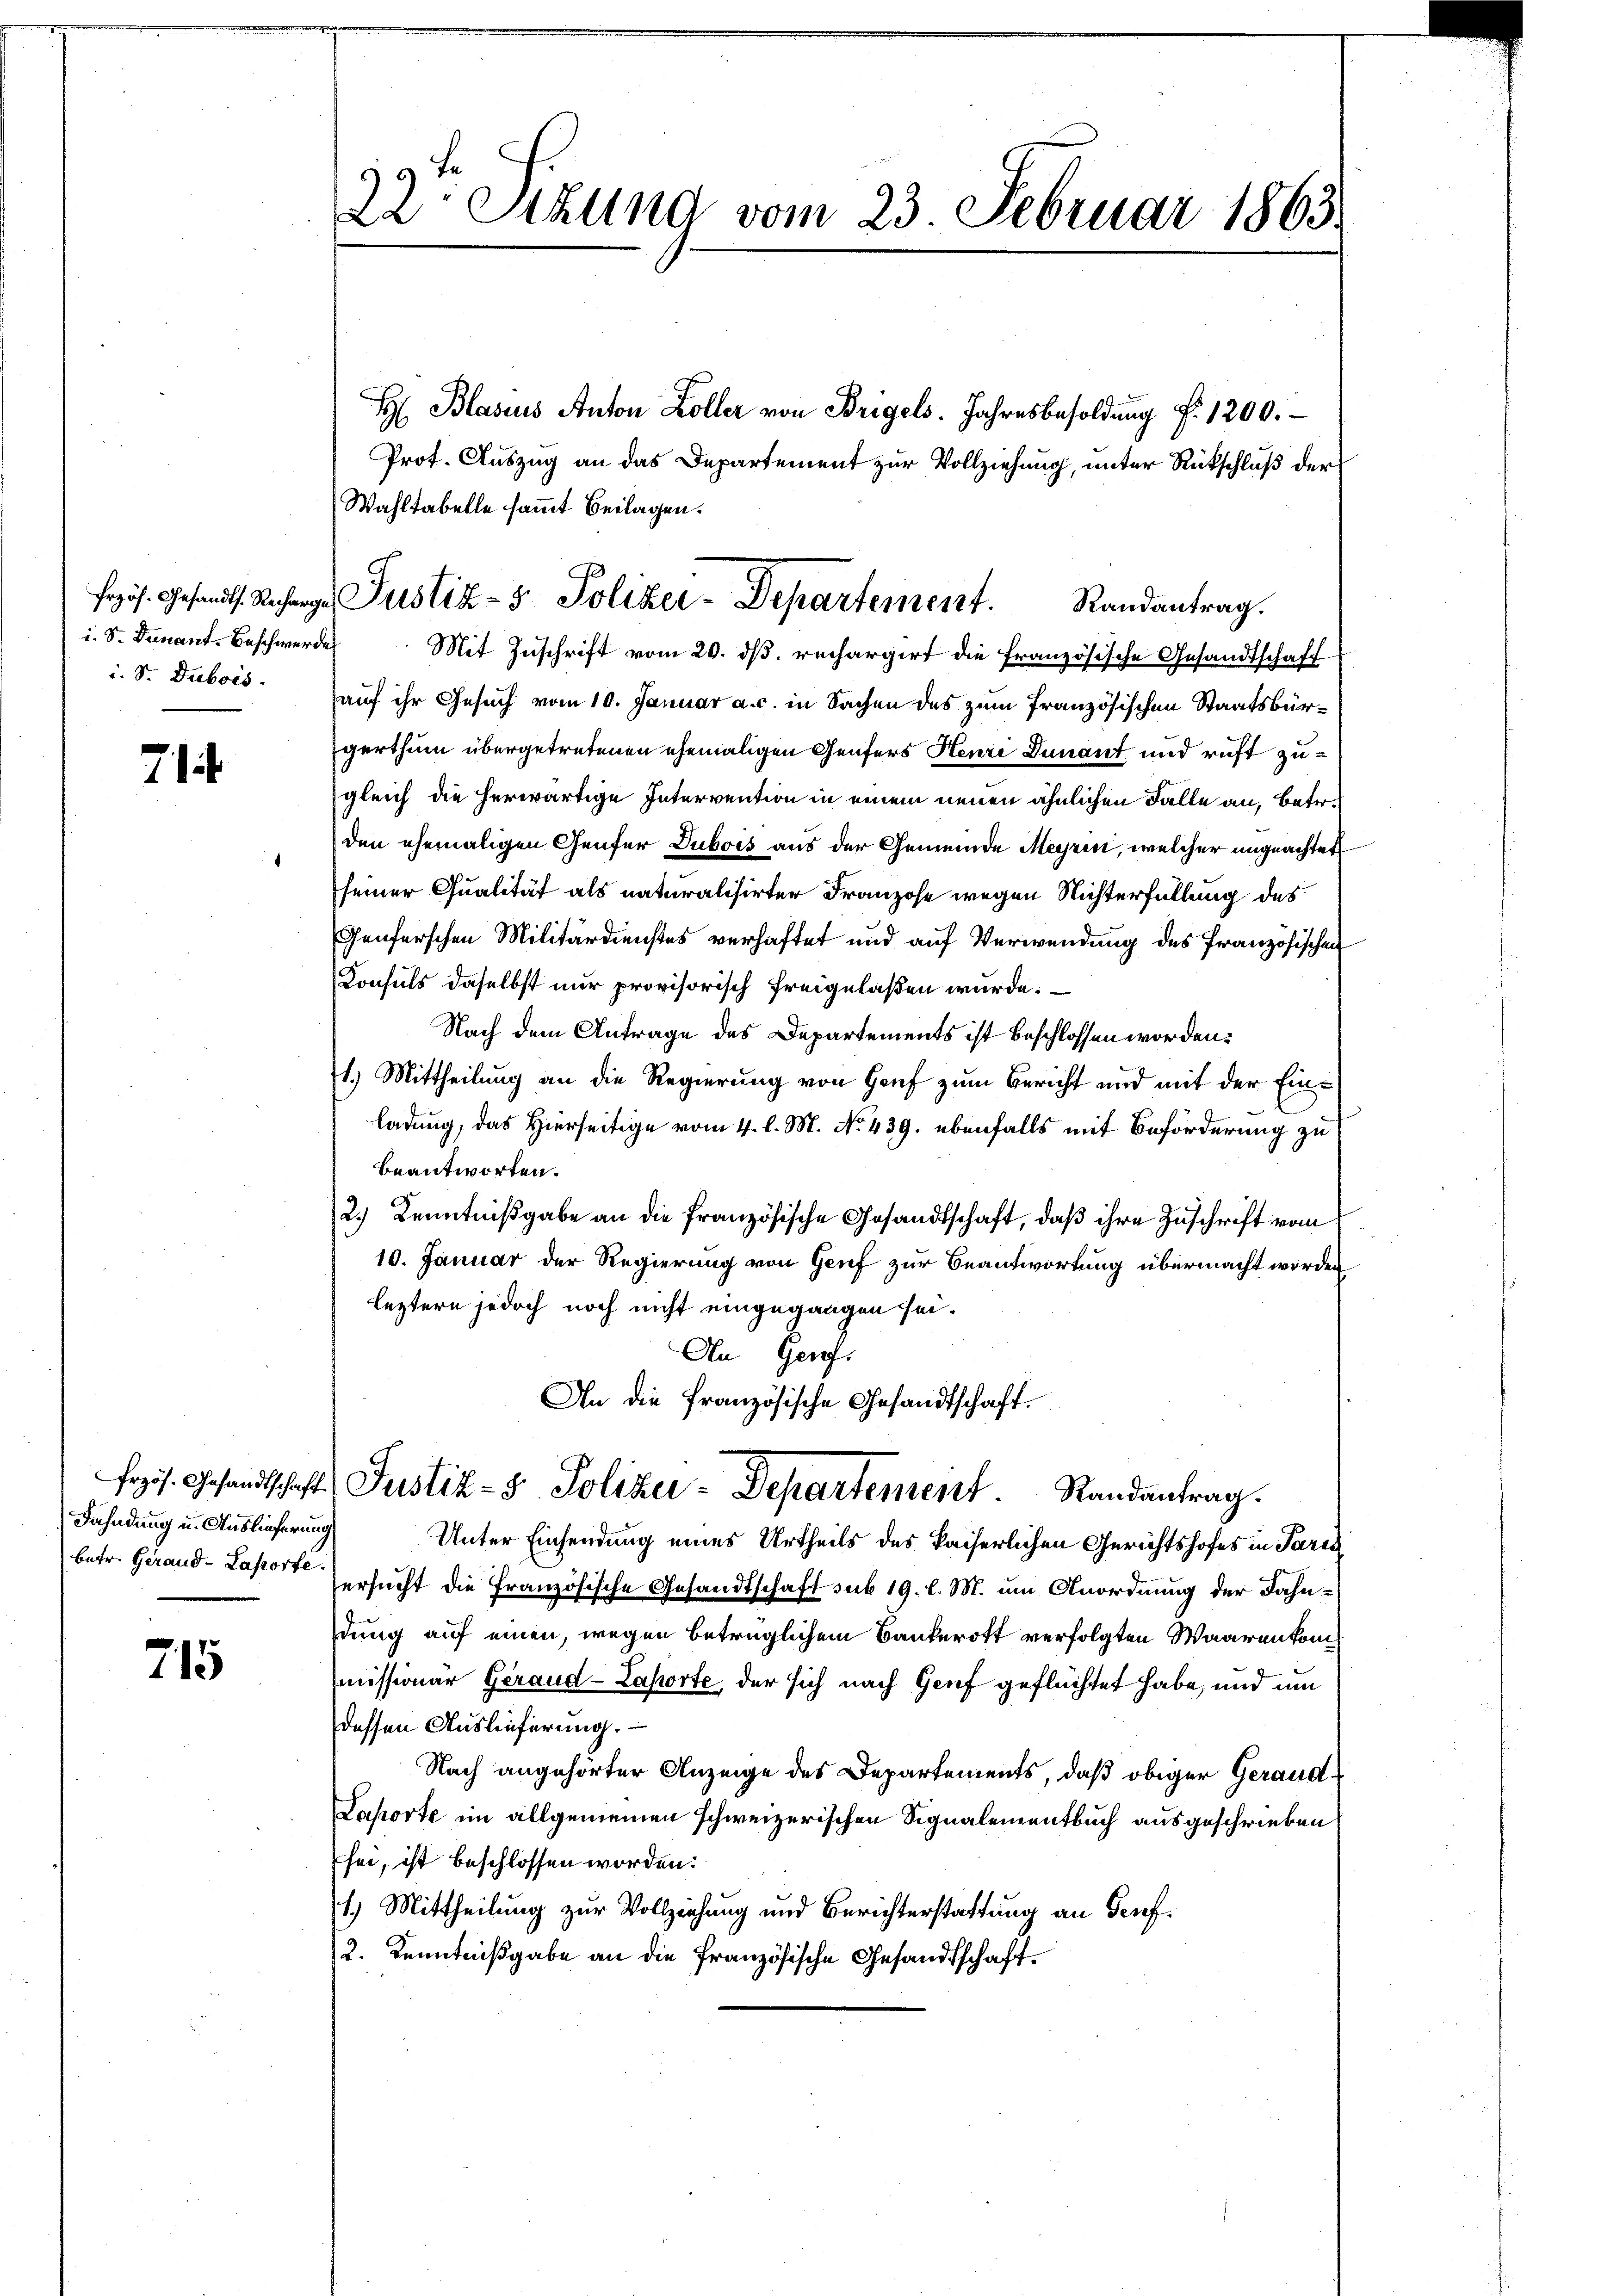
frzös. Gesandts. Recharg
i. S. Denant-Beschwerde
i. Sr. Dubois.

71

Fahndung u. Auslieferung
betr. Gerand -Laporte.

715

22. Sekung vom 23. Februar 1863.

Wahltabelle sammt Beilagen.
Mit Zuschrift vom 20. ds. rechargirt die französische Gesandtschaff
auf ihr Gesuch vom 10. Januar a. c. in Sachen des zum Französischen Staatsbürgerthum übergetretenen ehemaligen Genfers Henri Dunant und ruft zugleich die herwärtige Intervention in einem neuen ähnlichen Falle an, betr.
den ehemaligen Genfer Dubois aus der Gemeinde Meyrin, welcher ungeachtet
seiner Qualität als naturalisirter Franzose wegen Nichterfüllung des
Genferschen Militärdienstes verhaftet und auf Verwendung des Französischen
Consuls daselbst nur provisorisch freigelaßen würde.
Nach dem Antrage des Departements ist beschlossen worden.
1.) Mittheilung an die Regierung von Hof zum Bericht und mit der Einladung, das Hierseitige vom 4. l. M. No. 439. ebenfalls mit Beförderung zu
beantworten.
2.) Kenntnißgabe an die französische Gesandtschaft, daß ihre Zuschrift vom
10. Januar der Regierung von Genf zur Beantwortung übermacht worden
leztere jedoch noch nicht eingegangen sei.
An Ger.
An die französische Gesandtschaft.
Frzös. Gesandtschaft Justiz- & Polizei-Departement. Randantrag.
Unter Einsendung eines Urtheils des kaiserlichen Gerichtshofes in Paris
ersucht die Französische Gesandtschaft sub 19. l. M. um Anordnung der Jahndung auf einen, wegen betrüglichem Bankerott verfolgten Waarenkommissionär Gerand -Laporte, der sich nach Genf geflüchtet habe, und um
dessen Auslieferung.
Nach angehörter Anzeige des Departements, daß obiger Gerand¬
Laporte im allgemeinen schweizerischen Signalementbuch ausgeschrieben
sei, ist beschlossen worden.
1.) Mittheilung zur Vollziehung und Berichterstattung an Seuf¬
2. Kenntnißgabe an die französische Gesandtschaft.

H Blasius Anton Zoller von Bregels. Jahresbesoldung f. 1200.
Prot. Auszug an das Departement zur Vollziehung, unter Rückschluß der

Justiz- & Polizei-Departement. Randantrag.